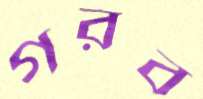
গরব